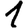
Digit: 1